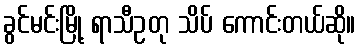
ခွင်မင်းမြို့ ရာသီဥတု သိပ် ကောင်းတယ်ဆို။